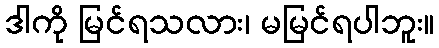
ဒါကို မြင်ရသလား၊ မမြင်ရပါဘူး။